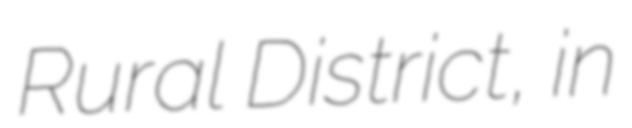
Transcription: Rural District, in